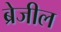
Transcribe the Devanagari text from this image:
ब्रेजील